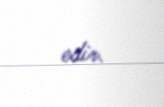
edir.